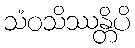
သံဝသိဿန္တိပိ